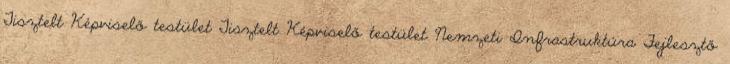
Tisztelt Képviselő testület Tisztelt Képviselő testület Nemzeti Infrastruktúra Fejlesztő